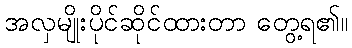
အလှမျိုးပိုင်ဆိုင်ထားတာ တွေ့ရ၏။